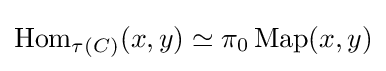
\operatorname {Hom} _{\tau (C)}(x,y)\simeq \pi _{0}\operatorname {Map} (x,y)